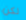
لكن